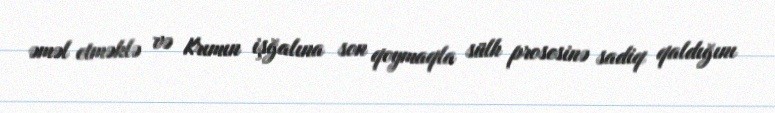
əməl etməklə və Krımın işğalına son qoymaqla sülh prosesinə sadiq qaldığını